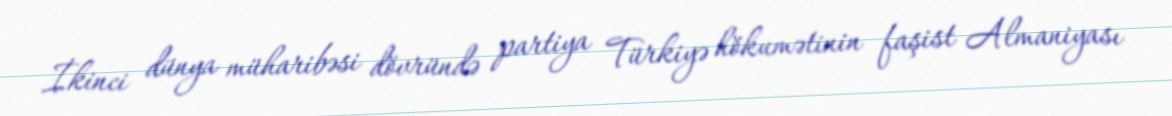
İkinci dünya müharibəsi dövründə partiya Türkiyə hökumətinin faşist Almaniyası